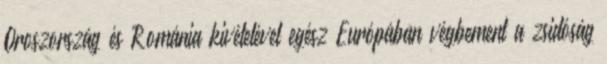
Oroszország és Románia kivételével egész Európában végbement a zsidóság